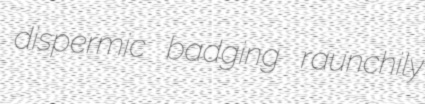
dispermic badging raunchily